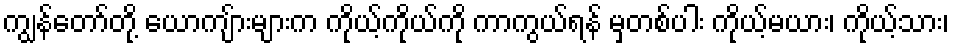
ကျွန်တော်တို့ ယောကျ်ားများက ကိုယ့်ကိုယ်ကို ကာကွယ်ရန် မှတစ်ပါး ကိုယ့်မယား၊ ကိုယ့်သား၊